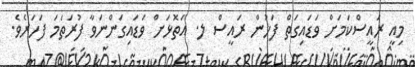
މިއީ ރައީސްކަމަށް ވަޑައިގަތް ފަހުން ރައީސް ލ. އަތޮޅަށް ވަޑައިގަންނަވާ ފުރަތަމަ ފަހަރެވެ.